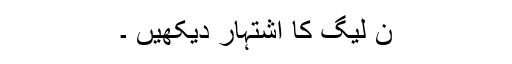
ن لیگ کا اشتہار دیکھیں ۔